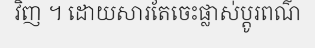
វិញ ។ ដោយសារតែចេះផ្លាស់ប្តូរពណ៌